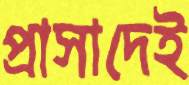
প্রাসাদেই